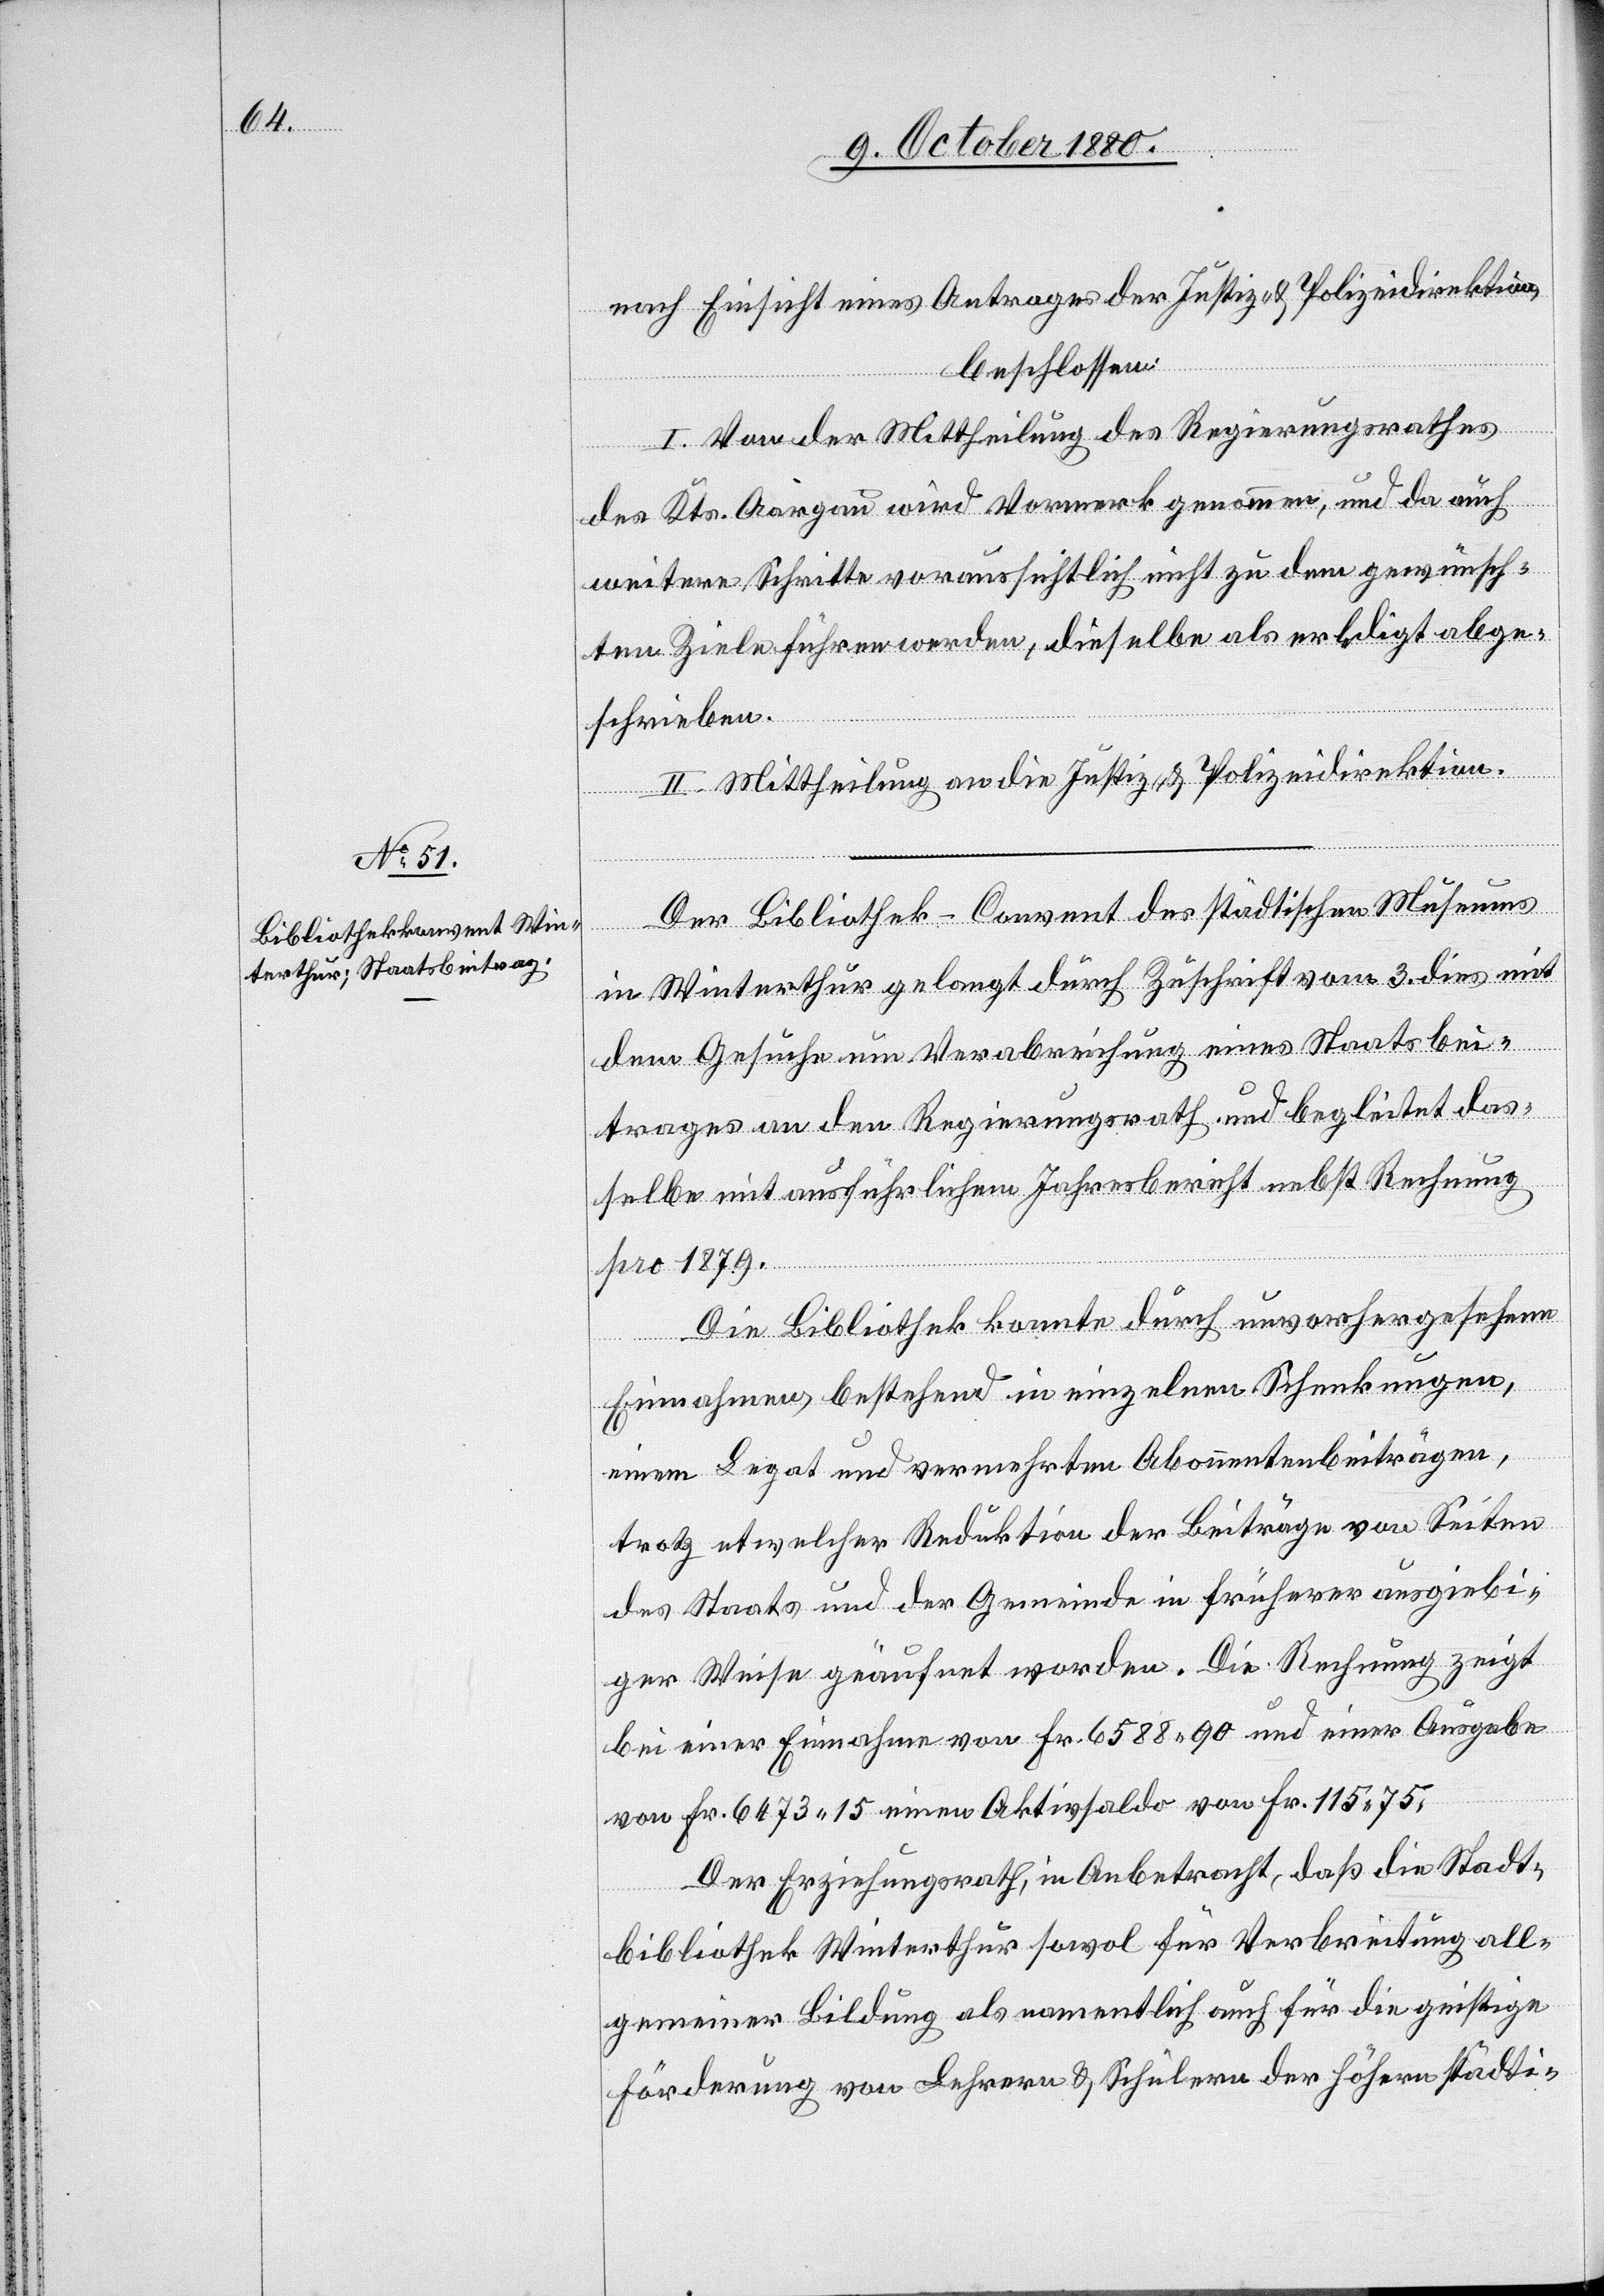
nach Einsicht eines Antrages der Justiz- & Polizeidirektion,
beschlossen:
I. Von der Mittheilung des Regierungsrathes
des Kts. Aargau wird Vormerk genommen, und da auch
weitere Schritte voraussichtlich nicht zu dem gewünsch¬
ten Ziele führen werden, dieselbe als erledigt abge¬
schrieben.
II. Mittheilung an die Justiz- & Polizeidirektion.
Der Bibliothek-Convent des städtischen Museums
in Winterthur gelangt durch Zuschrift vom 3. dies mit
dem Gesuche um Verabreichung eines Staatsbei¬
trages an den Regierungsrath und begleitet das¬
selbe mit ausführlichem Jahresbericht nebst Rechnung
pro 1879.
Die Bibliothek konnte durch unvorhergesehene
Einnahmen, bestehend in einzelnen Schenkungen,
einem Legat und vermehrten Abonnentenbeiträgen,
trotz etwelcher Reduktion der Beiträge von Seiten
des Staats und der Gemeinde in früherer ausgiebi¬
ger Weise geäufnet worden [recte: werden]. Die Rechnung zeigt
bei einer Einnahme von Fr. 6588 90 und einer Ausgabe
von Fr. 6473 15 einen Aktivsaldo von Fr. 115 75.
Der Erziehungsrath, in Anbetracht, daß die Stadt¬
bibliothek Winterthur sowol für Verbreitung all¬
gemeiner Bildung als namentlich auch für die geistige
Förderung von Lehrern & Schülern der höhern städti-